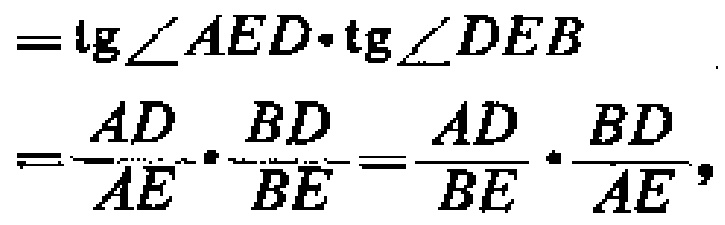
\[
\begin{align*}
&=\tg\angle AED\cdot\tg\angle DEB\\
&=\frac{AD}{AE}\cdot\frac{BD}{BE}=\frac{AD}{BE}\cdot\frac{BD}{AE},
\end{align*}
\]